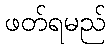
ဖတ်ရမည်